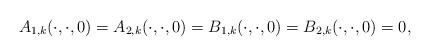
LaTeX: \begin{align*}A_{1,k}(\cdot,\cdot,0)=A_{2,k}(\cdot,\cdot,0)=B_{1,k}(\cdot,\cdot,0)=B_{2,k}(\cdot,\cdot,0)=0,\end{align*}